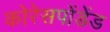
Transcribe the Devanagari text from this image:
कोरेसपोंडेंड